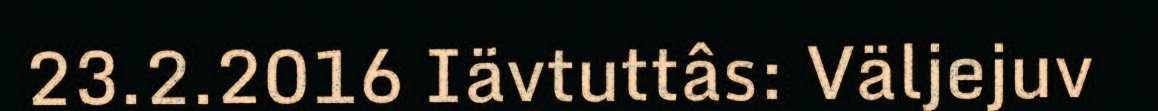
23.2.2016 Iävtuttâs: Väljejuv